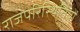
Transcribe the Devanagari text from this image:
राजपरिस्थितियों